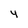
Character: 4